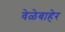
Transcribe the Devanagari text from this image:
वेळेबाहेर